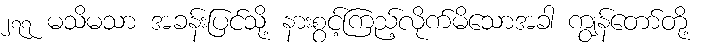
၂၇၇ မသိမသာ အခန်းပြင်သို့ နားစွင့်ကြည့်လိုက်မိသောအခါ ကျွန်တော်တို့